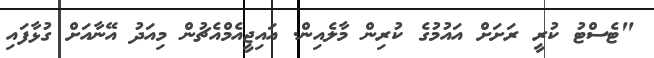
"ޓެސްޓު ކުރީ ރަށަށް އައުމުގެ ކުރިން މާލެއިން. އައިޖީއެމްއެޗުން މިއަދު އޭނާއަށް ގުޅާފައި